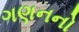
ગણનનો